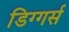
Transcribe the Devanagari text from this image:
डिग्गर्स